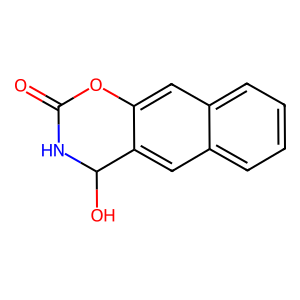
SMILES: O=C1NC(O)c2cc3ccccc3cc2O1
Inhibits HIV replication: No